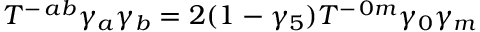
T ^ { - \, a b } \gamma _ { a } \gamma _ { b } = 2 ( 1 - \gamma _ { 5 } ) T ^ { - \, 0 m } \gamma _ { 0 } \gamma _ { m }